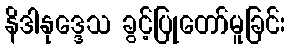
နိဒါနုဒ္ဒေသ ခွင့်ပြုတော်မူခြင်း